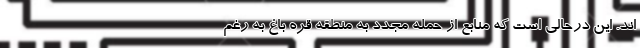
اند. این درحالی است که منابع از حمله مجدد به منطقه قره باغ به رغم